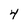
Character: 4